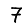
Digit: 7